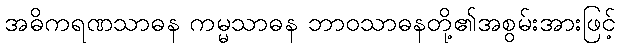
အဓိကရဏသာဓန ကမ္မသာဓန ဘာဝသာဓနတို့၏အစွမ်းအားဖြင့်